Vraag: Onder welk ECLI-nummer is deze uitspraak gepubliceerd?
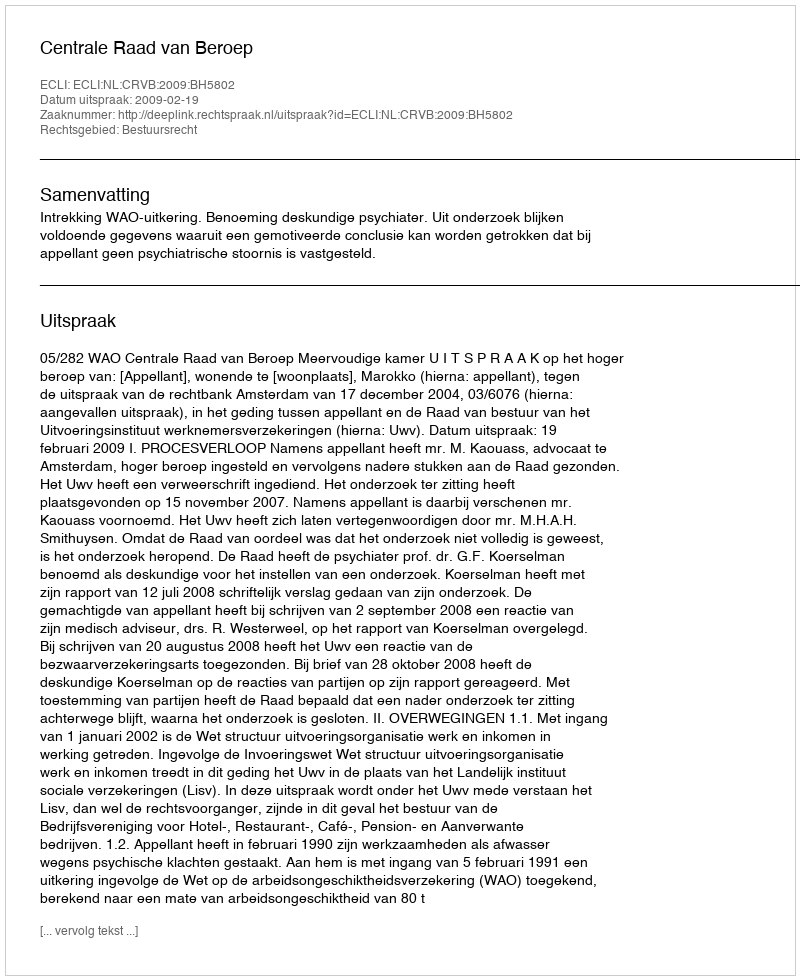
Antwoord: ECLI:NL:CRVB:2009:BH5802